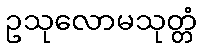
ဥသုလောမသုတ္တံ